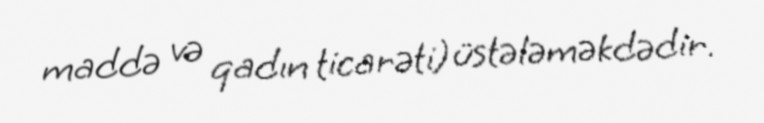
maddə və qadın ticarəti) üstələməkdədir.